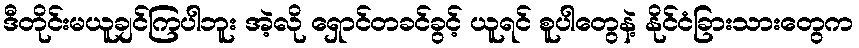
ဒီတိုင်းမယူချင်ကြပါဘူး အဲ့လို ရှောင်တခင်ခွင့် ယူရင် စူပါတွေနဲ့ နိုင်ငံခြားသားတွေက